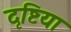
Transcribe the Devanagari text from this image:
दृष्टिया